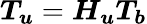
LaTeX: \boldsymbol{T_{u}}=\boldsymbol{H_{u}}\boldsymbol{T_{b}}